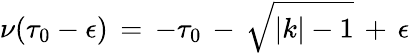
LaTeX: \nu(\tau_{0}-\epsilon)\, =\, -\tau_{0}\, -\, \sqrt{\vert k\vert-1}\, +\, \epsilon